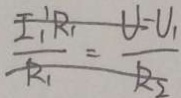
\frac { I _ { 1 } R _ { 1 } } { R _ { 1 } } = \frac { U - U _ { 1 } } { R _ { 2 } }